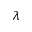
\lambda